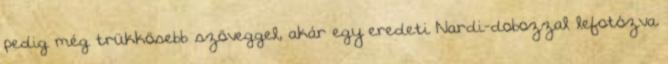
pedig még trükkösebb szöveggel, akár egy eredeti Nardi-dobozzal lefotózva